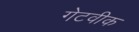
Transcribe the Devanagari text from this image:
गेटवीक